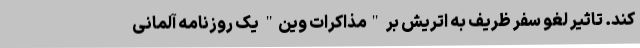
کند. تاثیر لغو سفر ظریف به اتریش بر "مذاکرات وین" یک روزنامه آلمانی